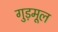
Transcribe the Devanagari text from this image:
गुड़मूल